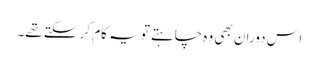
اس دوران بھی وہ چاہتے تو یہ کام کر سکتے تھے۔